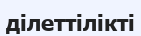
ділеттілікті